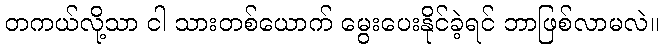
တကယ်လို့သာ ငါ သားတစ်ယောက် မွေးပေးနိုင်ခဲ့ရင် ဘာဖြစ်လာမလဲ။